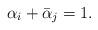
LaTeX: \begin{align*}\alpha_i+\bar{\alpha}_j=1.\end{align*}